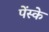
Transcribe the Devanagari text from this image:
पेंस्के